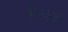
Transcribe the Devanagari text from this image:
४०३४